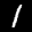
Label: 1